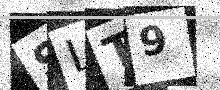
Text: SLT9